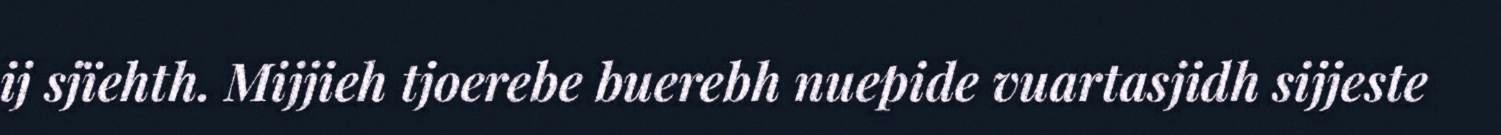
ij sjïehth. Mijjieh tjoerebe buerebh nuepide vuartasjidh sijjeste